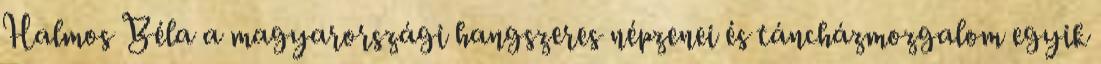
Halmos Béla a magyarországi hangszeres népzenei és táncházmozgalom egyik